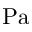
\mathrm { P a }